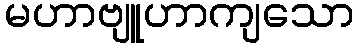
မဟာဗျူဟာကျသော